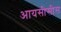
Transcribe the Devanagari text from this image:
आयसीसीस